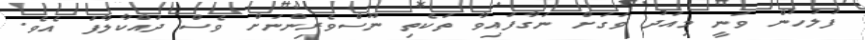
ފުލުހުން ވަނީ މިއަދު ވަގަށް ނަގާފައިވާ ތަކެތި ނޫސްވެރިންނަށް ވެސް ދައްކާލާފަ އެވެ.